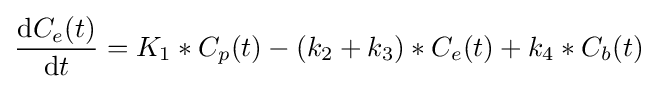
{\operatorname {d} \!C_{e}(t) \over \operatorname {d} \!t}=K_{1}*C_{p}(t)-(k_{2}+k_{3})*C_{e}(t)+k_{4}*C_{b}(t)